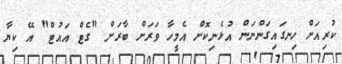
ކުރިއަށް ހިނގައިގަންނަން އުޅެނިކޮށް އެމީހާ ވަރަށް ބާރަށް "ގެޓް އައުޓް" އޭ ކިޔާ